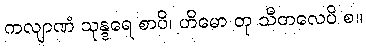
ကလျာဏံ သုန္ဒရေ စာပိ၊ ဟိမော တု သီတလေပိ စ။